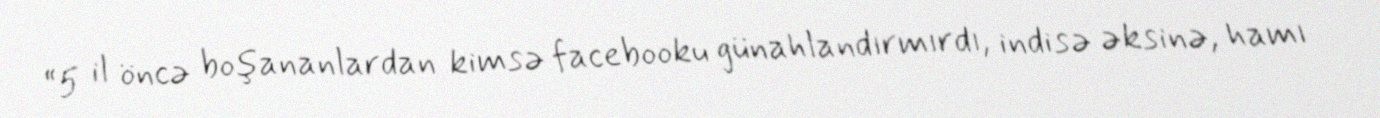
“5 il öncə boşananlardan kimsə facebooku günahlandırmırdı, indisə əksinə, hamı